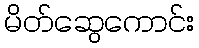
မိတ်ဆွေကောင်း